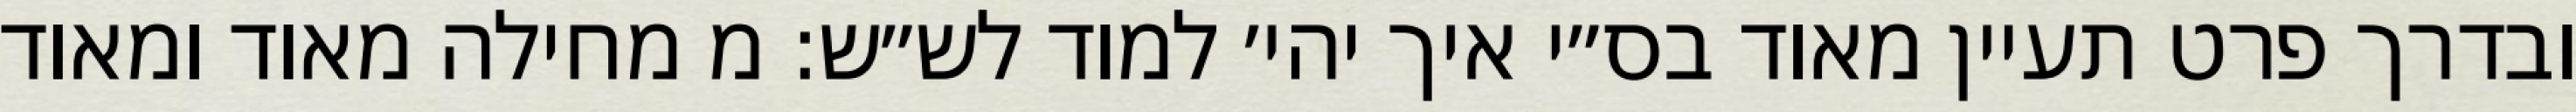
ובדרך פרט תעיין מאוד בס״י איך יהי׳ למוד לש״ש: מ מחילה מאוד ומאוד